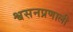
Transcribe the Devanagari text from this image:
श्वसनप्रणाली